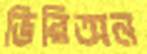
ভিরিঅন